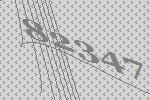
82347